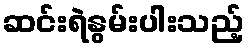
ဆင်းရဲနွမ်းပါးသည့်